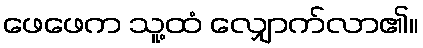
ဖေဖေက သူ့ထံ လျှောက်လာ၏။